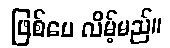
ဖြစ်ပေ လိမ့်မည်။